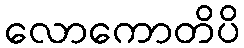
လောကောတိပိ